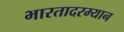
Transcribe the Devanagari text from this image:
भारतादरम्यान